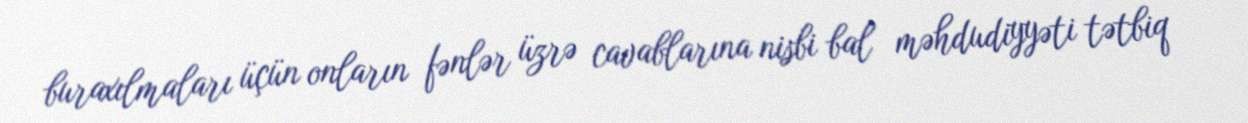
buraxılmaları üçün onların fənlər üzrə cavablarına nisbi bal məhdudiyyəti tətbiq